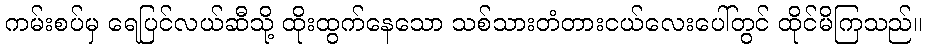
ကမ်းစပ်မှ ရေပြင်လယ်ဆီသို့ ထိုးထွက်နေသော သစ်သားတံတားငယ်လေးပေါ်တွင် ထိုင်မိကြသည်။